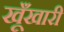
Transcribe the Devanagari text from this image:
खूँखारी